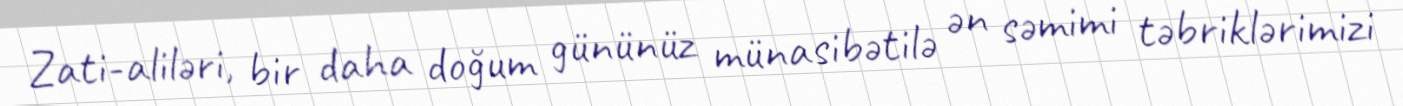
Zati-aliləri, bir daha doğum gününüz münasibətilə ən səmimi təbriklərimizi